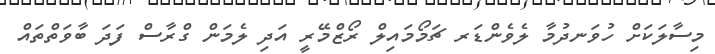
މިސާލަކަށް ހުވަނދުމާ ލެވެންޑަރ ޗަމޯމައިލް ރޯޒްމޭރީ އަދި ލެމަން ގްރާސް ފަދަ ބާވަތްތައް